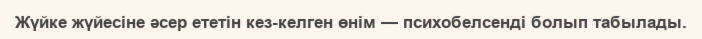
Жүйке жүйесіне әсер ететін кез-келген өнім — психобелсенді болып табылады.